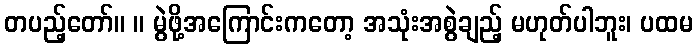
တပည့်တော်။ ။ မွဲဖို့အကြောင်းကတော့ အသုံးအစွဲချည့် မဟုတ်ပါဘူး၊ ပထမ